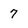
Character: 7